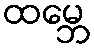
ထမ္ဘေ